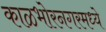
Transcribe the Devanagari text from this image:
काळभोरनगरमध्ये